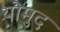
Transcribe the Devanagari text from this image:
योमुद